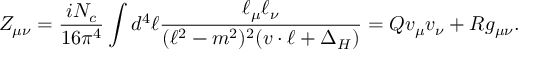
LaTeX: Z _ { \mu \nu } = \frac { i N _ { c } } { 1 6 \pi ^ { 4 } } \int d ^ { 4 } \ell \frac { \ell _ { \mu } \ell _ { \nu } } { ( \ell ^ { 2 } - m ^ { 2 } ) ^ { 2 } ( v \cdot \ell + \Delta _ { H } ) } = Q v _ { \mu } v _ { \nu } + R g _ { \mu \nu } .